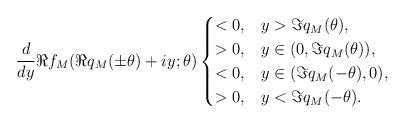
LaTeX: \begin{align*} \frac{d}{dy} \Re f_M(\Re q_M(\pm \theta) + iy; \theta) \begin{cases} < 0, & y > \Im q_M(\theta), \\ > 0, & y \in (0, \Im q_M(\theta)), \\ < 0, & y \in (\Im q_M(-\theta), 0), \\ > 0, & y < \Im q_M(-\theta). \end{cases} \end{align*}